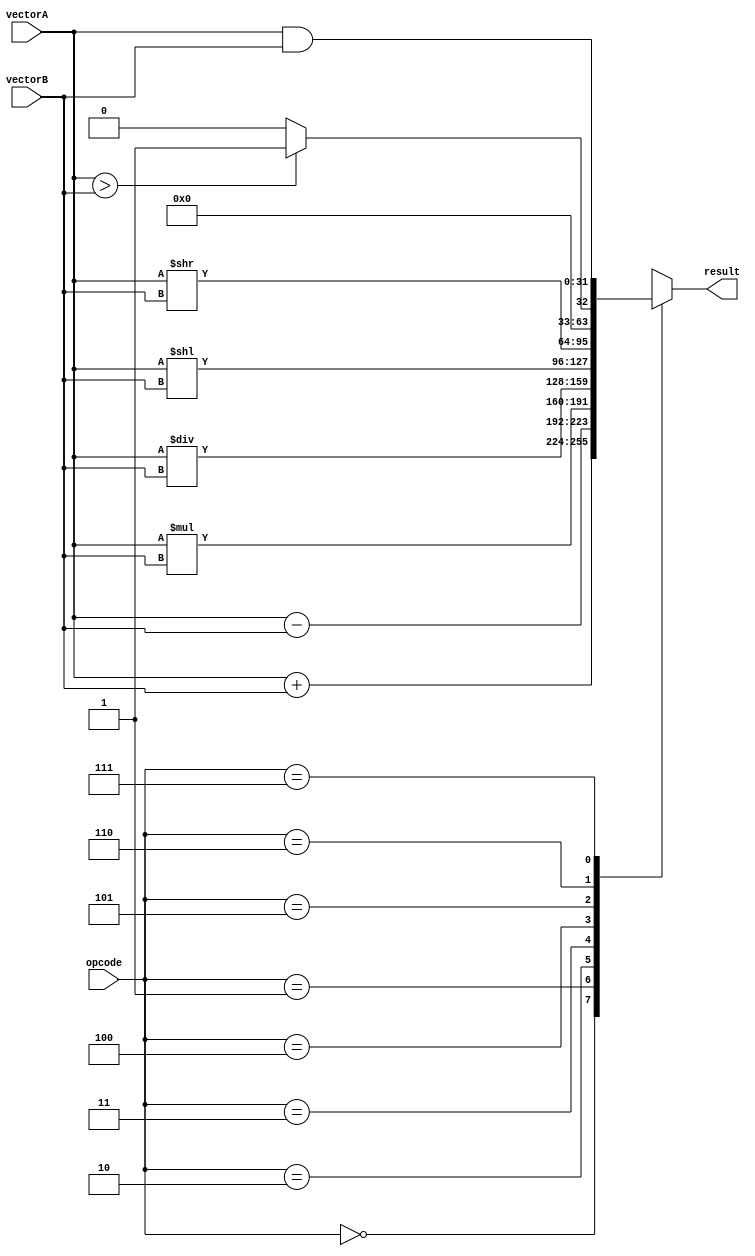
module VectorALU (
    input [31:0] vectorA,
    input [31:0] vectorB,
    input [2:0] opcode,
    output reg [31:0] result
);

always @(*) begin
    case(opcode)
        3'b000: result = vectorA + vectorB; // Addition
        3'b001: result = vectorA - vectorB; // Subtraction
        3'b010: result = vectorA * vectorB; // Multiplication
        3'b011: result = vectorA / vectorB; // Division
        3'b100: result = vectorA << vectorB; // Left shift
        3'b101: result = vectorA >> vectorB; // Right shift
        3'b110: result = vectorA > vectorB ? 1 : 0; // Greater than comparison
        3'b111: result = vectorA & vectorB; // Bit-wise AND operation
    endcase
end

endmodule